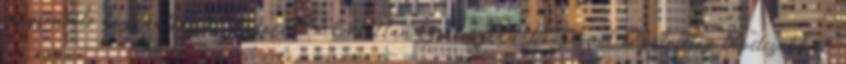
megfontoló hozzáállással. Eszerint a korlátlan szocioszexualitású nők érzelmileg labilisabbak,